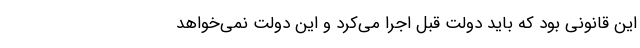
این قانونی بود که باید دولت قبل اجرا می‌کرد و این دولت نمی‌خواهد